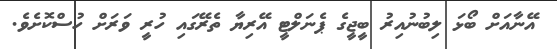
އޭނާއަށް ބޯޅަ ލިބުނުއިރު ބީޖީގެ ޕެނަލްޓީ އޭރިޔާ ތެރޭގައި ހުރީ ވަރަށް ހުސްކޮށެވެ.